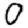
Digit: 0